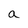
Character: a